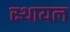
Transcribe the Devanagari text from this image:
स्थायल